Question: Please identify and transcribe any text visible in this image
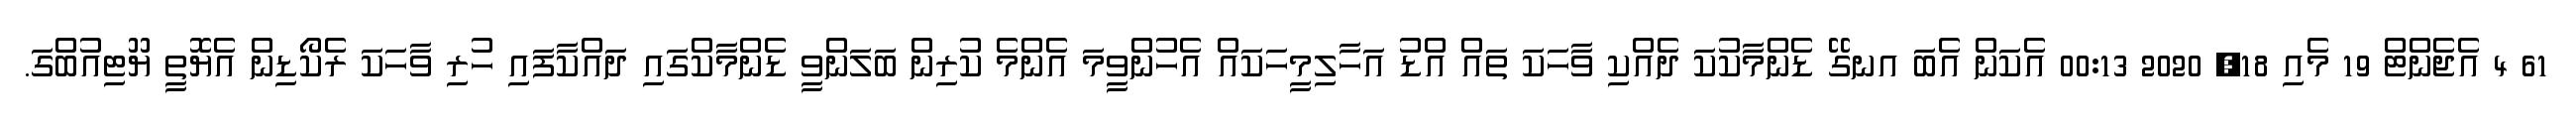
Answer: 61 4 އެޖެންޓް 19 މެއި 18, 2020 00:13 އެކަން އެބަ އނގޭ ޑެންމާކުކަ ދެއްކި ވާހަކަ ތައް އްޑު އަހާލިމީހަކައް އެހުންވީމަ އެންމެ ކުރިން ބަލަންވީ ޑެންމާކްގައި ދައްކާފައި ހުރި ވާހަކަ ރެކޯޑިން އެޔޮތީ ޔޫޓިއުބްގަ.